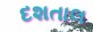
દશતાલ